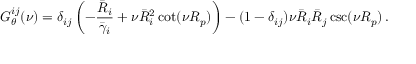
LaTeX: G _ { \theta } ^ { i j } ( \nu ) = \delta _ { i j } \left( - \frac { \bar { R } _ { i } } { \bar { \gamma } _ { i } } + \nu \bar { R } _ { i } ^ { 2 } \cot ( \nu R _ { p } ) \right) - ( 1 - \delta _ { i j } ) \nu \bar { R } _ { i } \bar { R } _ { j } \csc ( \nu R _ { p } ) \, .